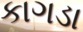
કાગડા